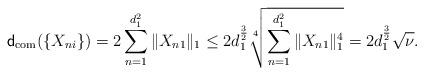
LaTeX: \begin{align*} \mathsf{d}_{\mathrm{com}}(\{X_{ni}\})= 2\sum_{n=1}^{d_1^2}\|X_{n1}\|_1\leq 2d_1^{\frac{3}{2}}\sqrt[4]{\sum_{n=1}^{d_1^2}\|X_{n1}\|_1^4}=2d_1^{\frac{3}{2}}\sqrt{\nu}.\end{align*}